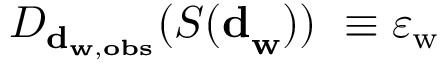
D _ { \mathbf { d } _ { \mathbf { w } , \mathbf { o b s } } } ( { S ( \mathbf { d } } _ { \mathbf { w } } ) ) \ \equiv \varepsilon _ { \mathrm { w } }